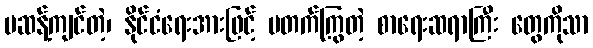
မဆန့်ကျင်တဲ့၊ နိုင်ငံရေးအားဖြင့် မတက်ကြွတဲ့ စာရေးဆရာကြီး တွေကိုသာ